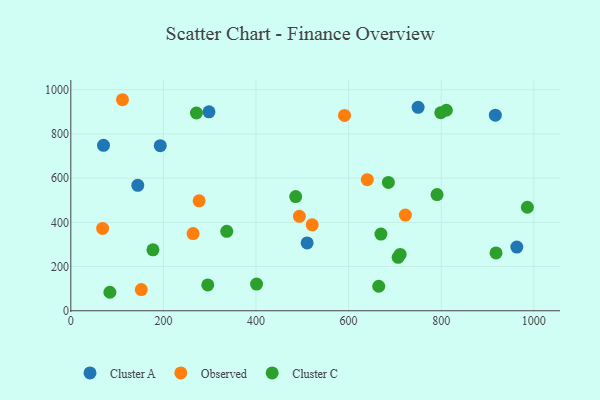
{"axis": {"x": "Engine Size", "y": "Salary"}, "legend": ["Cluster A", "Cluster C", "Observed"], "data": [{"x": "963.3", "y": 288.0, "type": "Cluster A"}, {"x": "750.1", "y": 920.2, "type": "Cluster A"}, {"x": "916.9", "y": 884.6, "type": "Cluster A"}, {"x": "510.4", "y": 306.8, "type": "Cluster A"}, {"x": "298.4", "y": 899.7, "type": "Cluster A"}, {"x": "70.6", "y": 748.2, "type": "Cluster A"}, {"x": "144.6", "y": 567.2, "type": "Cluster A"}, {"x": "193.2", "y": 746.8, "type": "Cluster A"}, {"x": "152.2", "y": 95.6, "type": "Observed"}, {"x": "640.3", "y": 593.1, "type": "Observed"}, {"x": "68.7", "y": 372.2, "type": "Observed"}, {"x": "277.1", "y": 497.4, "type": "Observed"}, {"x": "493.7", "y": 427.0, "type": "Observed"}, {"x": "111.6", "y": 954.6, "type": "Observed"}, {"x": "722.6", "y": 433.0, "type": "Observed"}, {"x": "264.1", "y": 349.3, "type": "Observed"}, {"x": "521.3", "y": 388.5, "type": "Observed"}, {"x": "591.1", "y": 883.7, "type": "Observed"}, {"x": "707.0", "y": 241.6, "type": "Cluster C"}, {"x": "986.1", "y": 468.1, "type": "Cluster C"}, {"x": "401.2", "y": 120.6, "type": "Cluster C"}, {"x": "665.1", "y": 110.8, "type": "Cluster C"}, {"x": "271.3", "y": 894.5, "type": "Cluster C"}, {"x": "669.8", "y": 346.9, "type": "Cluster C"}, {"x": "711.3", "y": 254.7, "type": "Cluster C"}, {"x": "84.4", "y": 83.6, "type": "Cluster C"}, {"x": "811.1", "y": 907.0, "type": "Cluster C"}, {"x": "685.9", "y": 580.7, "type": "Cluster C"}, {"x": "485.7", "y": 516.5, "type": "Cluster C"}, {"x": "177.4", "y": 275.8, "type": "Cluster C"}, {"x": "295.8", "y": 116.8, "type": "Cluster C"}, {"x": "791.0", "y": 525.4, "type": "Cluster C"}, {"x": "918.4", "y": 261.4, "type": "Cluster C"}, {"x": "799.0", "y": 895.7, "type": "Cluster C"}, {"x": "336.8", "y": 359.5, "type": "Cluster C"}]}